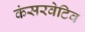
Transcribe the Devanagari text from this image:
कंसरवेटिव